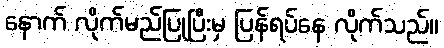
နောက် လိုက်မည်ပြုပြီးမှ ပြန်ရပ်နေ လိုက်သည်။